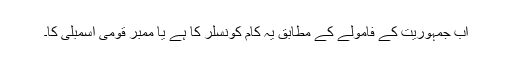
اب جمہوریت کے فامولے کے مطابق یہ کام کونسلر کا ہے یا ممبر قومی اسمبلی کا۔